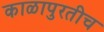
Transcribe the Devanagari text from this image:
काळापुरतीच